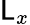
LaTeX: \mathsf{L}_{x}